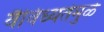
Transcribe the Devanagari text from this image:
वैविध्यतेमुळे